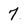
Character: 7